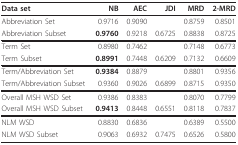
<table><thead><tr><td><b>Data set</b></td><td><b>NB</b></td><td><b>AEC</b></td><td><b>JDI</b></td><td><b>MRD</b></td><td><b>2-MRD</b></td></tr></thead><tbody><tr><td>Abbreviation Set</td><td>0.9716</td><td>0.9090</td><td>[EMPTY_CELL]</td><td>0.8759</td><td>0.8501</td></tr><tr><td>Abbreviation Subset</td><td><b>0.9760</b></td><td>0.9218</td><td>0.6725</td><td>0.8838</td><td>0.8725</td></tr><tr><td>Term Set</td><td>0.8980</td><td>0.7462</td><td>[EMPTY_CELL]</td><td>0.7148</td><td>0.6773</td></tr><tr><td>Term Subset</td><td><b>0.8991</b></td><td>0.7448</td><td>0.6209</td><td>0.7132</td><td>0.6609</td></tr><tr><td>Term/Abbreviation Set</td><td><b>0.9384</b></td><td>0.8879</td><td>[EMPTY_CELL]</td><td>0.8801</td><td>0.9356</td></tr><tr><td>Term/Abbreviation Subset</td><td>0.9360</td><td>0.9026</td><td>0.6899</td><td>0.8715</td><td>0.9350</td></tr><tr><td>Overall MSH WSD Set</td><td>0.9386</td><td>0.8383</td><td>[EMPTY_CELL]</td><td>0.8070</td><td>0.7799</td></tr><tr><td>Overall MSH WSD Subset</td><td><b>0.9413</b></td><td>0.8448</td><td>0.6551</td><td>0.8118</td><td>0.7837</td></tr><tr><td>NLM WSD</td><td>0.8830</td><td>0.6836</td><td>[EMPTY_CELL]</td><td>0.6389</td><td>0.5500</td></tr><tr><td>NLM WSD Subset</td><td>0.9063</td><td>0.6932</td><td>0.7475</td><td>0.6526</td><td>0.5800</td></tr></tbody></table>